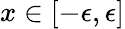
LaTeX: x\in[-\epsilon,\epsilon]